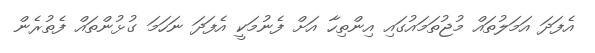
އެފަދަ އަމަލުތައް މުޖުތަމައުގައި އިންތިހާ އަށް ފެނުމަކީ އެފަދަ ނަހަމަ ގުޅުންތައް ފެތުރެން